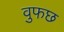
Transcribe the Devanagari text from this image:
वुफछ